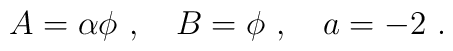
A=\alpha\phi~,~~~B=\phi~,~~~a=-2~.